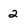
Character: 2